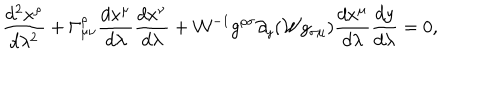
{ \frac { d ^ { 2 } x ^ { \rho } } { d \lambda ^ { 2 } } } + \Gamma _ { \mu \nu } ^ { \rho } { \frac { d x ^ { \mu } } { d \lambda } } { \frac { d x ^ { \nu } } { d \lambda } } + { \cal W } ^ { - 1 } g ^ { \rho \sigma } \partial _ { y } ( { \cal W } g _ { \sigma \mu } ) { \frac { d x ^ { \mu } } { d \lambda } } { \frac { d y } { d \lambda } } = 0 ,